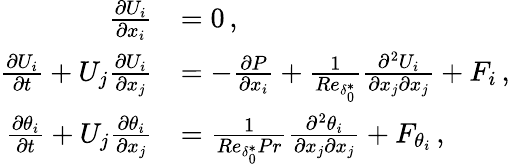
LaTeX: \begin{array}{rl}{\frac{\partial U_{i}}{\partial x_{i}}}&{=0\, ,}\\ {\frac{\partial U_{i}}{\partial t}+U_{j}\frac{\partial U_{i}}{\partial x_{j}}}&{=-\frac{\partial P}{\partial x_{i}}+\frac{1}{Re_{\delta_{0}^{*}}}\frac{\partial^{2}U_{i}}{\partial x_{j}\partial x_{j}}+F_{i}\, ,}\\ {\frac{\partial\theta_{i}}{\partial t}+U_{j}\frac{\partial\theta_{i}}{\partial x_{j}}}&{=\frac{1}{Re_{\delta_{0}^{*}}Pr}\frac{\partial^{2}\theta_{i}}{\partial x_{j}\partial x_{j}}+F_{\theta_{i}}\, ,}\end{array}